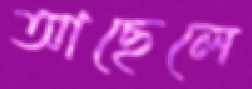
আছেলে